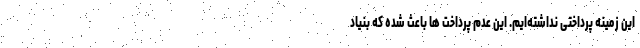
این زمینه پرداختی نداشته‌ایم. این عدم پرداخت ها باعث شده که بنیاد